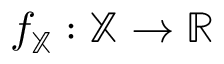
f _ { \mathbb { X } } : \mathbb { X } \to \mathbb { R }